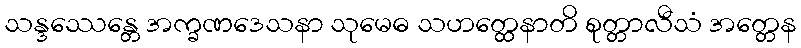
သန္ဒဿေန္တေ အက္ခဏဒေသနာ သုမေဓ သဟတ္ထေနာတိ စုတ္တာလီသံ အတ္တေန